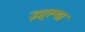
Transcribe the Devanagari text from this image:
झा्ल्या